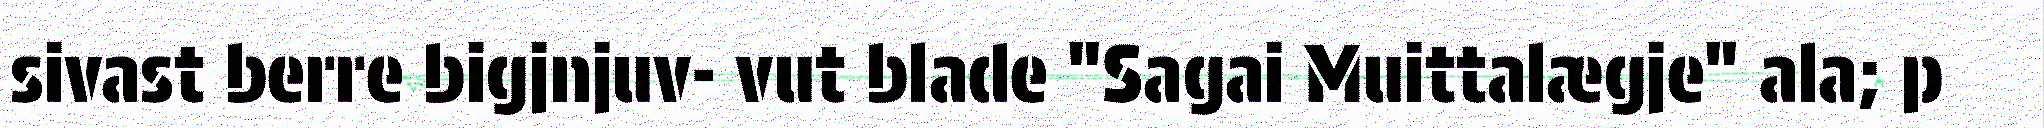
sivast berre bigjnjuv- vut blade "Sagai Muittalægje" ala; p